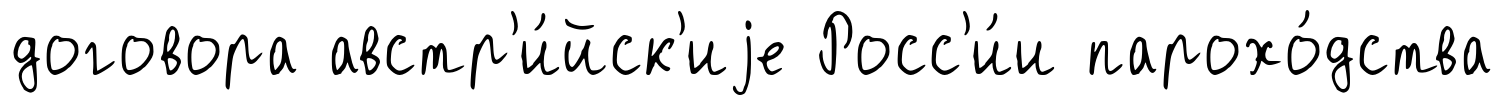
договора австр'и́йск'иjе Росс'и́и парохо́дства